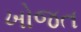
ખોજત